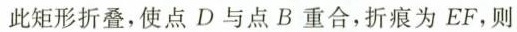
此矩形折叠，使点D与点B重合，折痕为EF，则